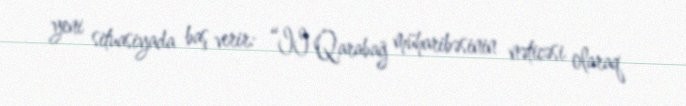
yeni situasiyada baş verir: “II Qarabağ müharibəsinin nəticəsi olaraq